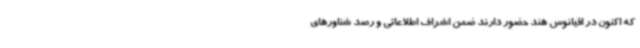
که اکنون در اقیانوس هند حضور دارند ضمن اشراف اطلاعاتی و رصد شناورهای